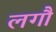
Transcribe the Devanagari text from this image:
लगौं